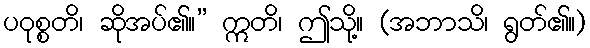
ပဝုစ္စတိ၊ ဆိုအပ်၏။” ဣတိ၊ ဤသို့။ (အဘာသိ၊ ရွတ်၏။)